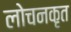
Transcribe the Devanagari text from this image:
लोचनकृत